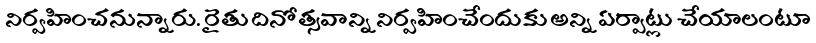
నిర్వహించనున్నారు. రైతు దినోత్సవాన్ని నిర్వహించేందుకు అన్ని ఏర్పాట్లు చేయాలంటూ